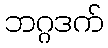
ဘဂ္ဂဒက်